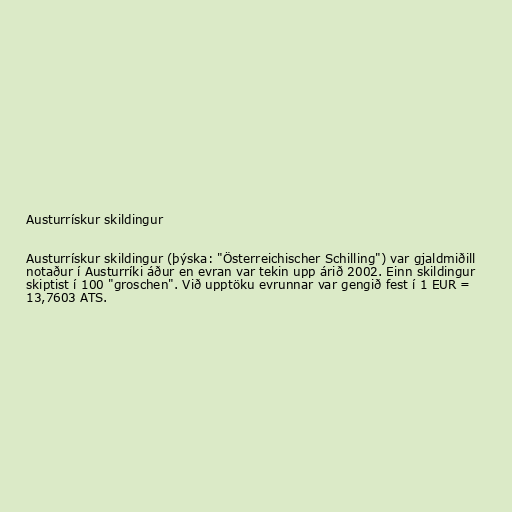
Austurrískur skildingur

Austurrískur skildingur (þýska: "Österreichischer Schilling") var gjaldmiðill
notaður í Austurríki áður en evran var tekin upp árið 2002. Einn skildingur
skiptist í 100 "groschen". Við upptöku evrunnar var gengið fest í 1 EUR =
13,7603 ATS.